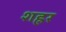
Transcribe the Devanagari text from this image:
शह्रर